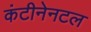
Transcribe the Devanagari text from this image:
कंटीनेनटल